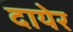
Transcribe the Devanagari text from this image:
दायेर